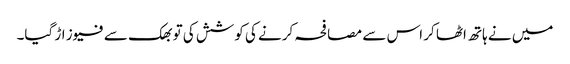
میں نے ہاتھ اٹھا کر اس سے مصافحہ کرنے کی کوشش کی تو بھک سے فیوز اڑ گیا۔